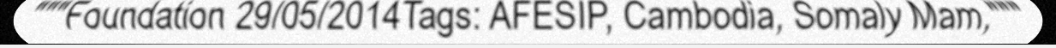
"""Foundation 29/05/2014Tags: AFESIP, Cambodia, Somaly Mam,"""